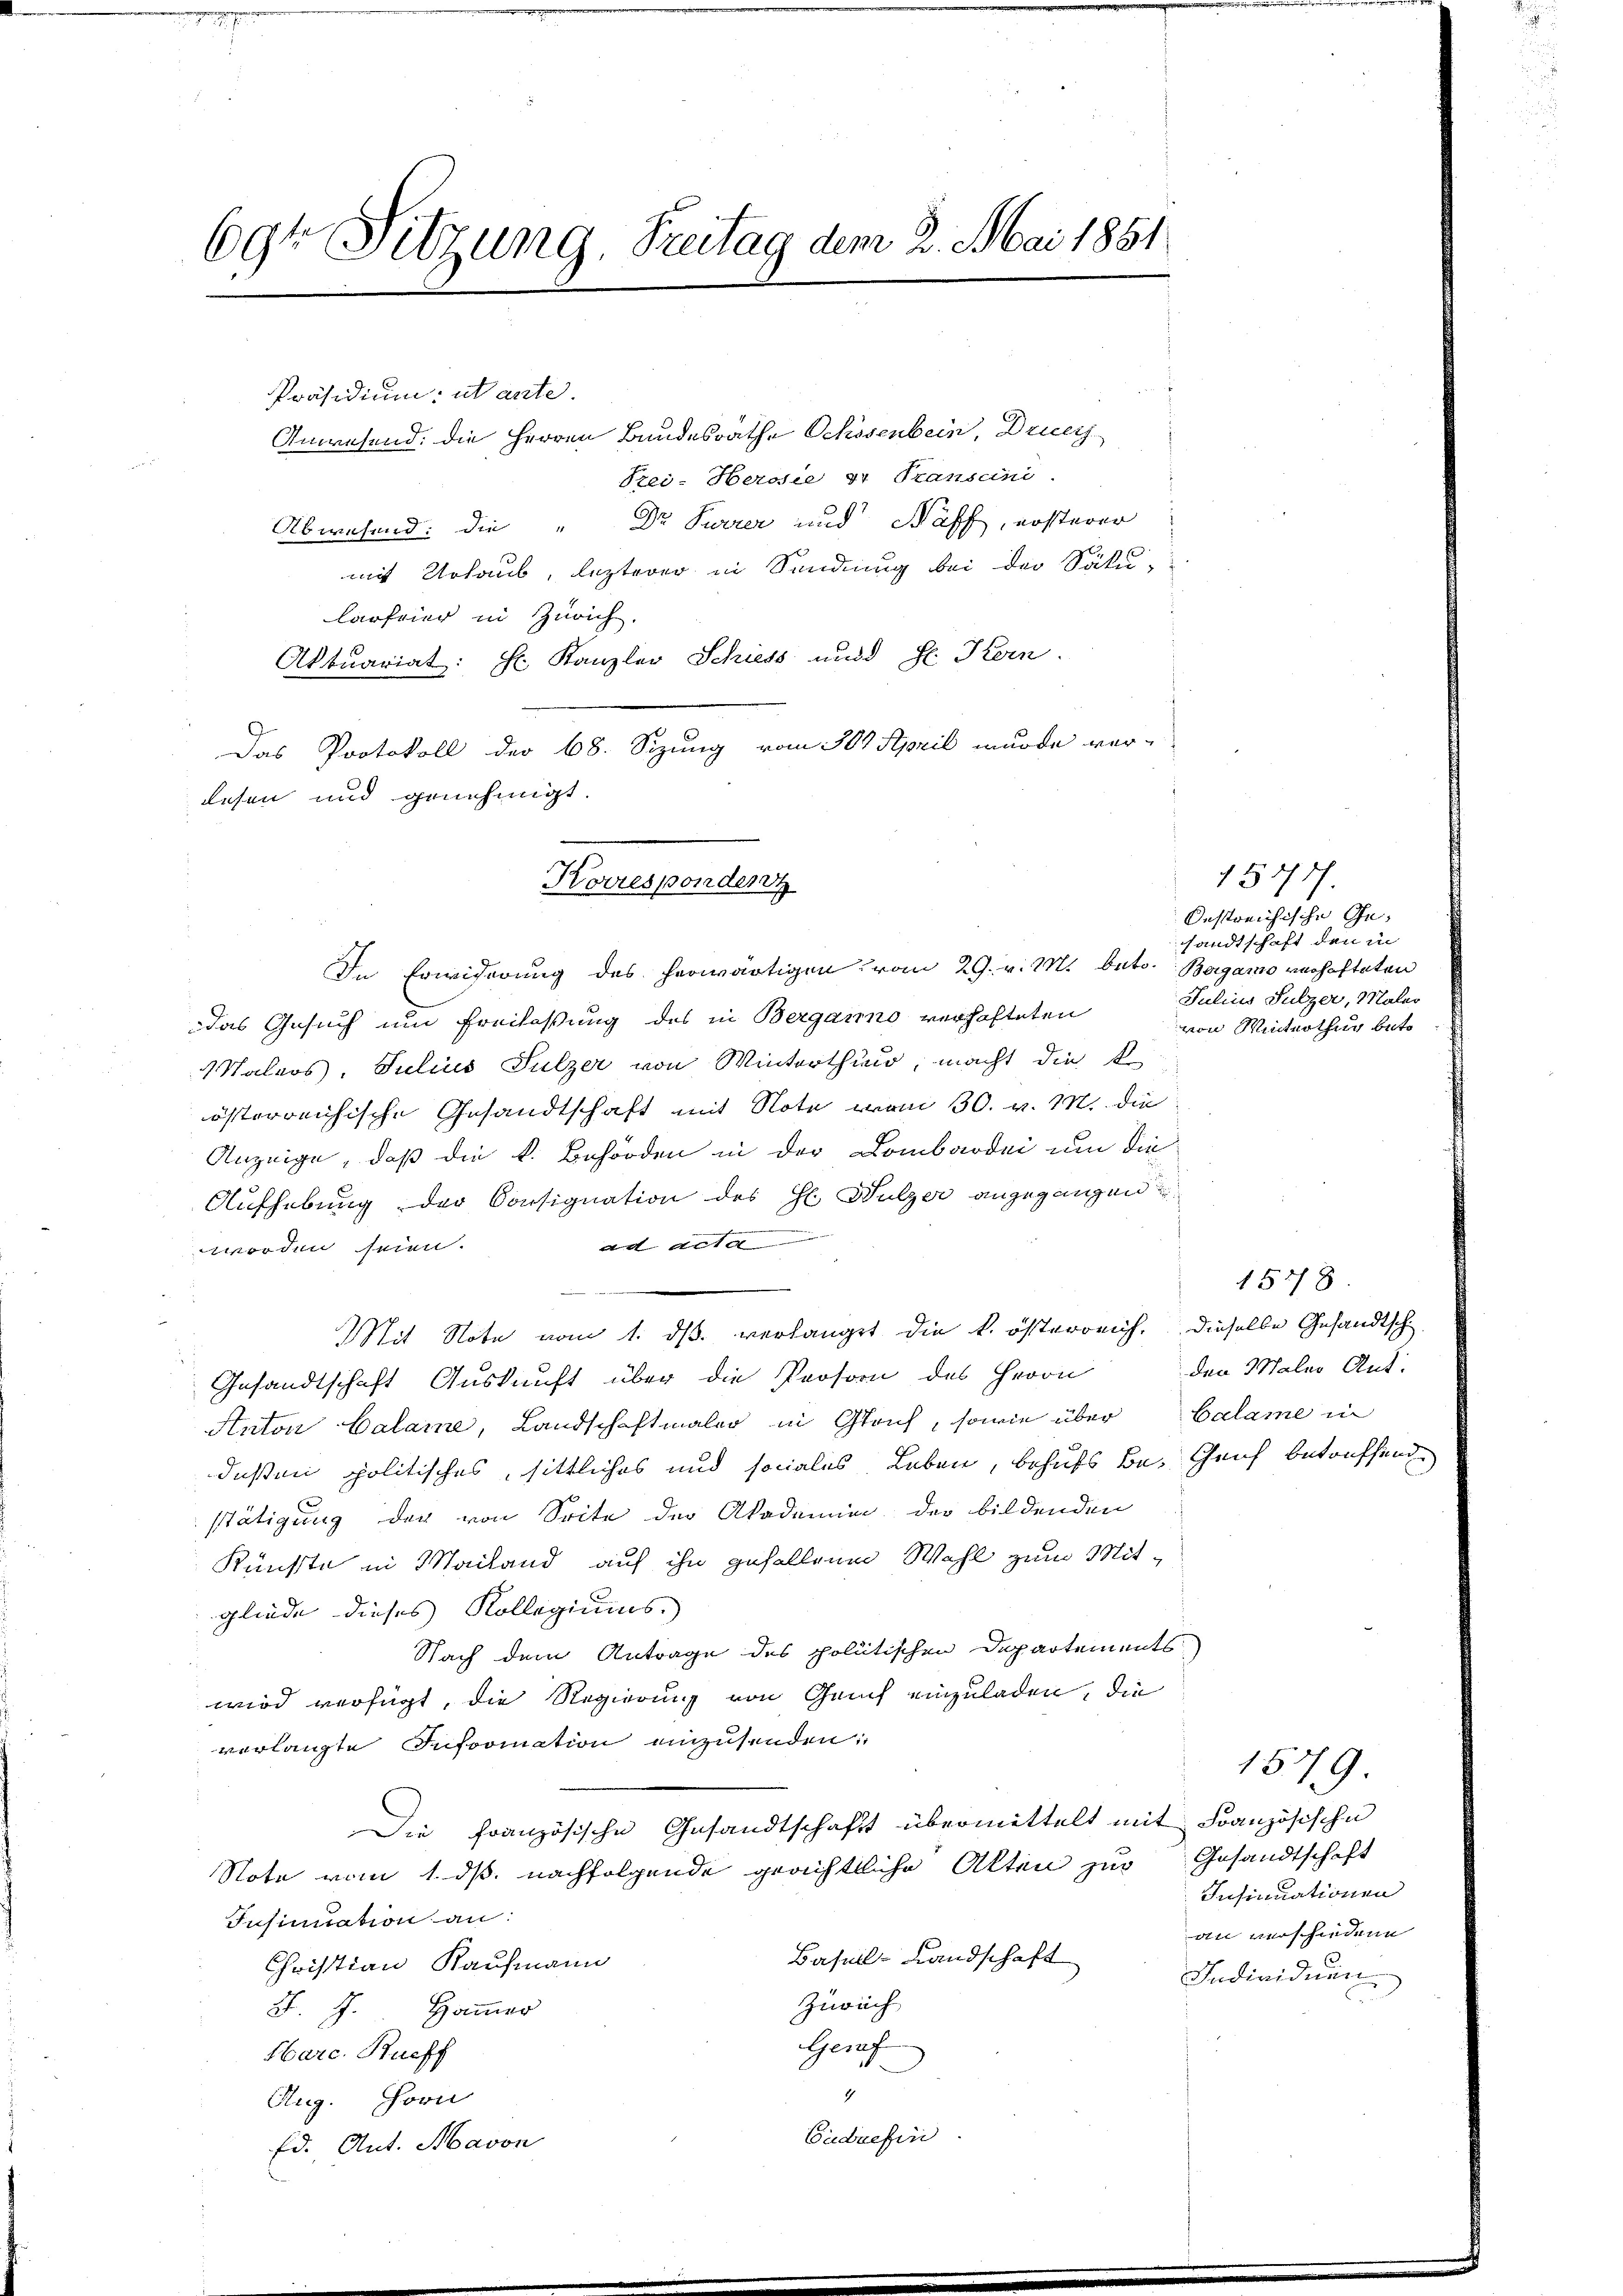
69te Sitzung, Freitag dem 2. Mai 1851

Präsidium: utante.
Anwesend: die Herren Bundesrathe Ochssenbein, Druc
Pzei-Herosie er Transcini
Abwesend: die " Dr. Surrer und Naff, ersterer
mit Urlaub, lezterer in Sendung bei der Säku-
Carfeier in Zürich.
Aktuariat: Hr. Kanzler Schiess und H. Kein
Das Protokoll der 68. Sizung vom 30t April wurde ver-
lesen und genehmigt.

Korresponder

In Erwiderung des herwärtigen vom 29. v. M. betr. Beigano verhafteten
das Gesuch um Freilassung des in Bergario verhafteten
Maleos, Julius Sulzer von Winterthur, macht die k
österreichische Gesandtschaft mit Note vom 30. v. M. die
Anzeige, daß die k. Behörden in der Lombardei um die
Aufhebung der Consignation des Hl. Wulzer angegangen
ad acta
worden seien.
Mit Note vom 1. ds. verlangt die k. österreich. Dieselbe Gesandtsch
Gesandtschaft Auskunft über die Person des Herrn den Maler Ant.
Anton Calame, Landschaftmaler in Gleich, sowie über Calame in
deßen politisches, sittliches und sociales Leben, behufs Be- Genf betreffend
stätigung der von Seite der Akademie der bildenden
Künste in Mailand auf ihn gefallenen Wahl zum Mitgliede dieses Kollegiums.
Nach dem Antrage des politischen Departements
wird verfügt, die Regierung von Gruf einzuladen, die
verlangte Infromation einzusenden:
Die Französische Gesandtschaft übermittelt mit Französische
Note vom 1. ds. nachfolgende gerichtliche Akten zur Gesandtschaft
Insinuation an:
Basel-Landschaft
Christian Kaufmann
Zürich
F. J. Hammer
Genf
Harc. Rueff
4
Aug. Horn
Eudrefin
Ed. Ant. Mavon

1577.
Oestreichische Ge-
sandtschaft den in
Julius Sulzer, Maler
von Winterthug beto

1548

1579
Insinuationen
an verschiedene
Individuen